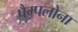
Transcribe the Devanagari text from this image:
पैम्पलोना